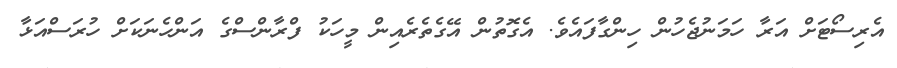
އެރިސޯޓަށް އަރާ ހަމަނުޖެހުން ހިންގާފައެވެ. އެގޮތުން އޭގެތެރެއިން މީހަކު ފްރާންސްގެ އަންހެނަކަށް ހުރަސްއަޅާ